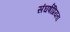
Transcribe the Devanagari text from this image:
संघर्षप्रियता